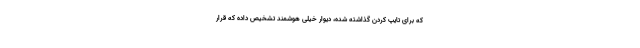
که برای تایپ کردن گذاشته شده، دیوار خیلی هوشمند تشخیص داده که قرار